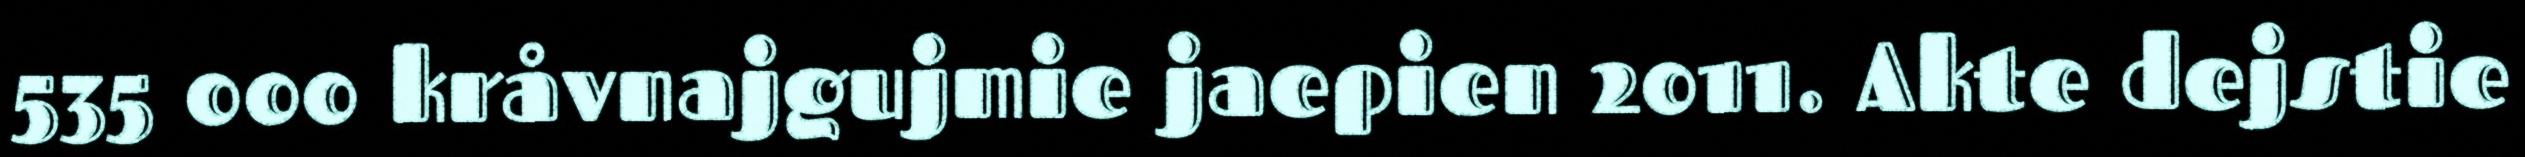
535 000 kråvnajgujmie jaepien 2011. Akte dejstie